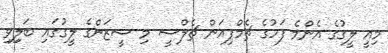
މިއީ ލީގުގެ އެންމެ ފަހުގެ ޗެމްޕިއަން ޗެލްސީ މި ސީޒަންގެ ލީގުގައި ބަލިިވި